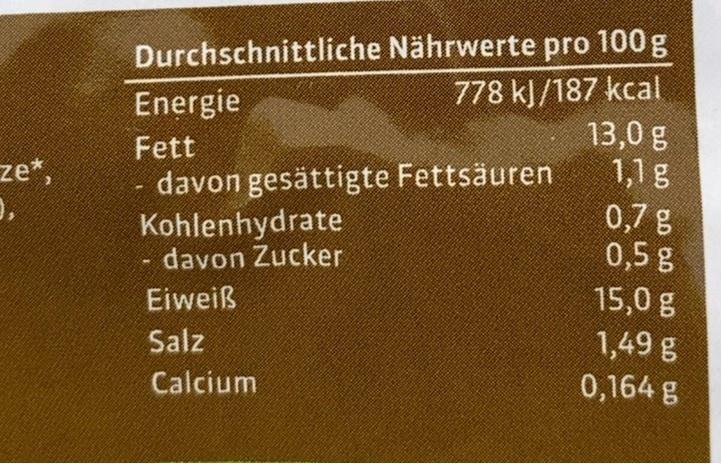
Durchschnittliche Nährwerte pro 100 g 778 kJ/187 kcal 13,0 g 1,1 g 0,7 g 0,5 g
Energie
Fett
ze*,
davon gesättigte Fettsäuren Kohlenhydrate davon Zucker
Eiweiß
15,0 g
Salz
1,49 g 0,164 g
Calcium